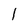
Character: 1